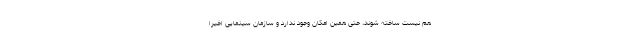
هم نیست ساخته شوند، حتی همین امکان وجود ندارد و سازمان سینمایی اخیرا